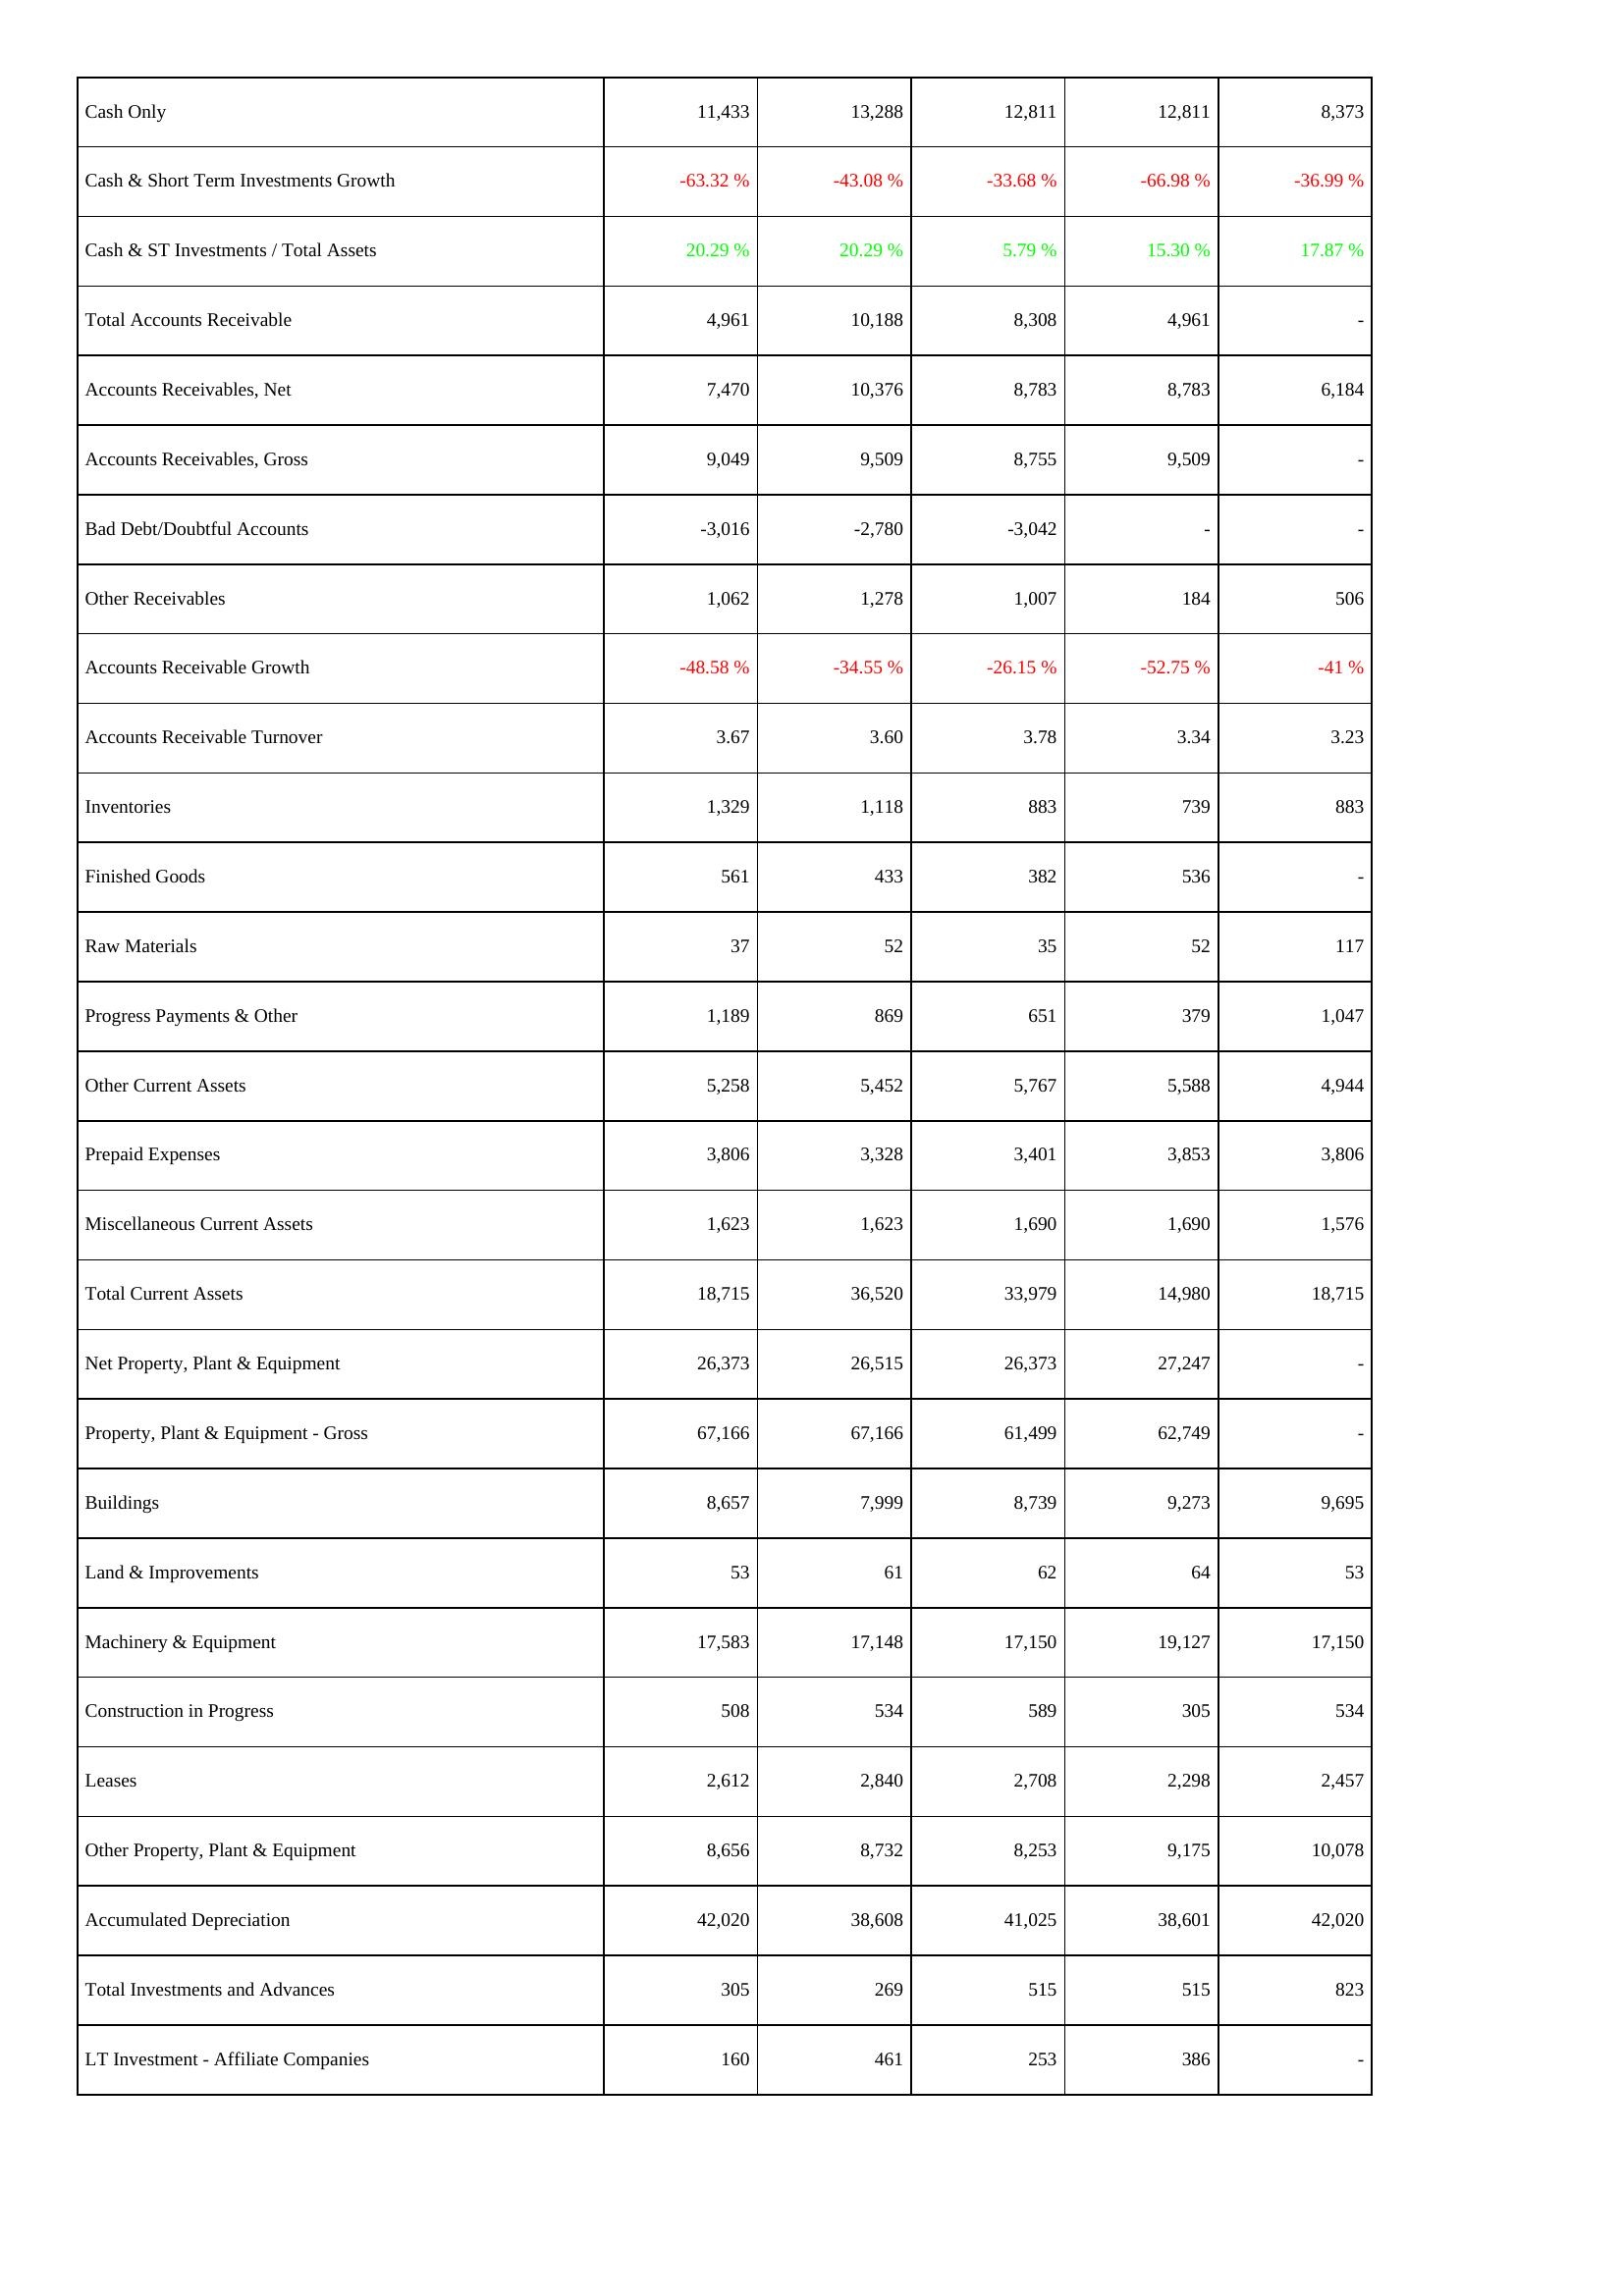
2011: Assets: Cash Only: 11,433
Cash & Short Term Investments Growth: -63.32 %
Cash & ST Investments / Total Assets: 20.29 %
Total Accounts Receivable: 4,961
Accounts Receivables, Net: 7,470
Accounts Receivables, Gross: 9,049
Bad Debt/Doubtful Accounts: -3,016
Other Receivables: 1,062
Accounts Receivable Growth: -48.58 %
Accounts Receivable Turnover: 3.67
Inventories: 1,329
Finished Goods: 561
Raw Materials: 37
Progress Payments & Other: 1,189
Other Current Assets: 5,258
Prepaid Expenses: 3,806
Miscellaneous Current Assets: 1,623
Total Current Assets: 18,715
Net Property, Plant & Equipment: 26,373
Property, Plant & Equipment - Gross: 67,166
Buildings: 8,657
Land & Improvements: 53
Machinery & Equipment: 17,583
Construction in Progress: 508
Leases: 2,612
Other Property, Plant & Equipment: 8,656
Accumulated Depreciation: 42,020
Total Investments and Advances: 305
LT Investment - Affiliate Companies: 160
2012: Assets: Cash Only: 13,288
Cash & Short Term Investments Growth: -43.08 %
Cash & ST Investments / Total Assets: 20.29 %
Total Accounts Receivable: 10,188
Accounts Receivables, Net: 10,376
Accounts Receivables, Gross: 9,509
Bad Debt/Doubtful Accounts: -2,780
Other Receivables: 1,278
Accounts Receivable Growth: -34.55 %
Accounts Receivable Turnover: 3.60
Inventories: 1,118
Finished Goods: 433
Raw Materials: 52
Progress Payments & Other: 869
Other Current Assets: 5,452
Prepaid Expenses: 3,328
Miscellaneous Current Assets: 1,623
Total Current Assets: 36,520
Net Property, Plant & Equipment: 26,515
Property, Plant & Equipment - Gross: 67,166
Buildings: 7,999
Land & Improvements: 61
Machinery & Equipment: 17,148
Construction in Progress: 534
Leases: 2,840
Other Property, Plant & Equipment: 8,732
Accumulated Depreciation: 38,608
Total Investments and Advances: 269
LT Investment - Affiliate Companies: 461
2013: Assets: Cash Only: 12,811
Cash & Short Term Investments Growth: -33.68 %
Cash & ST Investments / Total Assets: 5.79 %
Total Accounts Receivable: 8,308
Accounts Receivables, Net: 8,783
Accounts Receivables, Gross: 8,755
Bad Debt/Doubtful Accounts: -3,042
Other Receivables: 1,007
Accounts Receivable Growth: -26.15 %
Accounts Receivable Turnover: 3.78
Inventories: 883
Finished Goods: 382
Raw Materials: 35
Progress Payments & Other: 651
Other Current Assets: 5,767
Prepaid Expenses: 3,401
Miscellaneous Current Assets: 1,690
Total Current Assets: 33,979
Net Property, Plant & Equipment: 26,373
Property, Plant & Equipment - Gross: 61,499
Buildings: 8,739
Land & Improvements: 62
Machinery & Equipment: 17,150
Construction in Progress: 589
Leases: 2,708
Other Property, Plant & Equipment: 8,253
Accumulated Depreciation: 41,025
Total Investments and Advances: 515
LT Investment - Affiliate Companies: 253
2014: Assets: Cash Only: 12,811
Cash & Short Term Investments Growth: -66.98 %
Cash & ST Investments / Total Assets: 15.30 %
Total Accounts Receivable: 4,961
Accounts Receivables, Net: 8,783
Accounts Receivables, Gross: 9,509
Bad Debt/Doubtful Accounts: -
Other Receivables: 184
Accounts Receivable Growth: -52.75 %
Accounts Receivable Turnover: 3.34
Inventories: 739
Finished Goods: 536
Raw Materials: 52
Progress Payments & Other: 379
Other Current Assets: 5,588
Prepaid Expenses: 3,853
Miscellaneous Current Assets: 1,690
Total Current Assets: 14,980
Net Property, Plant & Equipment: 27,247
Property, Plant & Equipment - Gross: 62,749
Buildings: 9,273
Land & Improvements: 64
Machinery & Equipment: 19,127
Construction in Progress: 305
Leases: 2,298
Other Property, Plant & Equipment: 9,175
Accumulated Depreciation: 38,601
Total Investments and Advances: 515
LT Investment - Affiliate Companies: 386
2015: Assets: Cash Only: 8,373
Cash & Short Term Investments Growth: -36.99 %
Cash & ST Investments / Total Assets: 17.87 %
Total Accounts Receivable: -
Accounts Receivables, Net: 6,184
Accounts Receivables, Gross: -
Bad Debt/Doubtful Accounts: -
Other Receivables: 506
Accounts Receivable Growth: -41 %
Accounts Receivable Turnover: 3.23
Inventories: 883
Finished Goods: -
Raw Materials: 117
Progress Payments & Other: 1,047
Other Current Assets: 4,944
Prepaid Expenses: 3,806
Miscellaneous Current Assets: 1,576
Total Current Assets: 18,715
Net Property, Plant & Equipment: -
Property, Plant & Equipment - Gross: -
Buildings: 9,695
Land & Improvements: 53
Machinery & Equipment: 17,150
Construction in Progress: 534
Leases: 2,457
Other Property, Plant & Equipment: 10,078
Accumulated Depreciation: 42,020
Total Investments and Advances: 823
LT Investment - Affiliate Companies: -